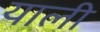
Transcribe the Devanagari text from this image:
याली